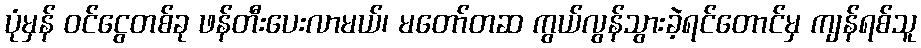
ပုံမှန် ဝင်ငွေတစ်ခု ဖန်တီးပေးလာမယ်၊ မတော်တဆ ကွယ်လွန်သွားခဲ့ရင်တောင်မှ ကျန်ရစ်သူ